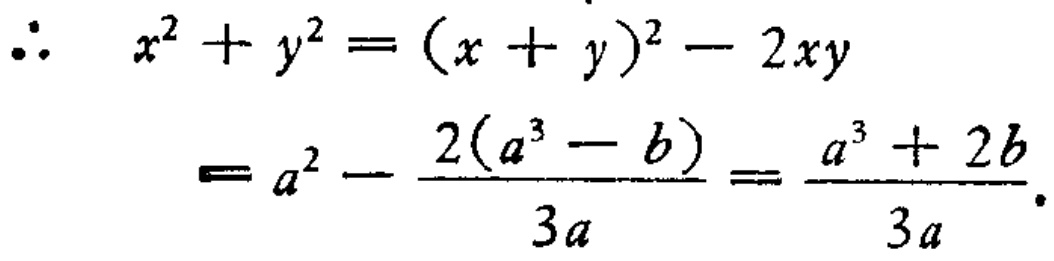
\[\begin{align*}

\therefore\quad x^{2}+y^{2}&=(x + y)^{2}-2xy\\

&=a^{2}-\frac{2(a^{3}-b)}{3a}=\frac{a^{3}+2b}{3a}.

\end{align*}\]